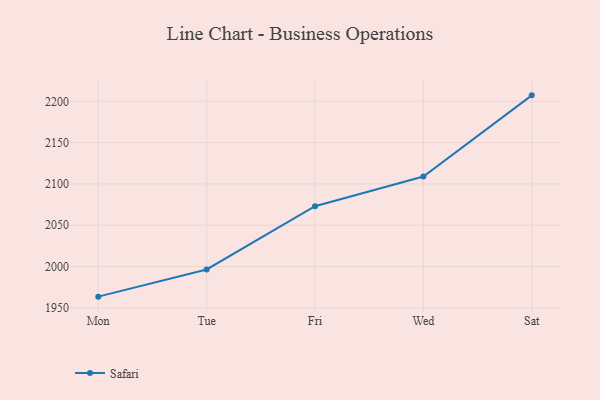
{"axis": {"x": "Day", "y": "Backlog"}, "legend": ["Safari"], "data": [{"x": "Mon", "y": 1963.6, "type": "Safari"}, {"x": "Tue", "y": 1996.5, "type": "Safari"}, {"x": "Fri", "y": 2073.0, "type": "Safari"}, {"x": "Wed", "y": 2108.9, "type": "Safari"}, {"x": "Sat", "y": 2207.2, "type": "Safari"}]}